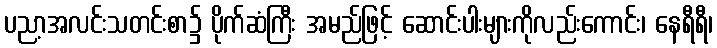
ပညာ့အလင်းသတင်းစာ၌ ပိုက်ဆံကြီး အမည်ဖြင့် ဆောင်းပါးများကိုလည်းကောင်း၊ နေရီရီ၊